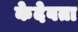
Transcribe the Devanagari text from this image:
केदेवता